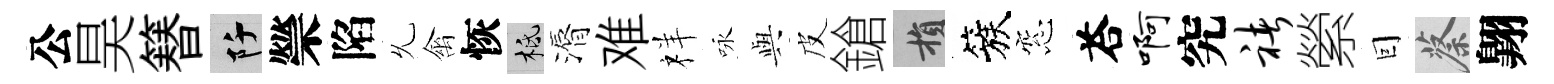
公昊簮阡禜陷𠃔禽恢柢漘难祥咏𫤰皮鎗損簇窓荅啊究褚縈囙蔡翺